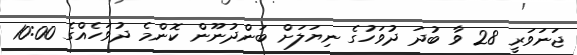
ޖަނަވަރީ 28 ވާ ބުދަ ދުވަހުގެ ނިޔަލަށް ބަންދުނޫން ކޮންމެ ދުވަހެެއްގެ 10:00